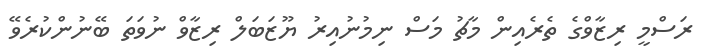
ރަސްމީ ރިޒާވްގެ ތެރެއިން މާޗު މަސް ނިމުނުއިރު ޔޫޒަބަލް ރިޒާވް ނުވަތަ ބޭނުންކުރެވޭ